Lunatic asylums Punjab 1895-1910 - 1895-1910
Year: 1895
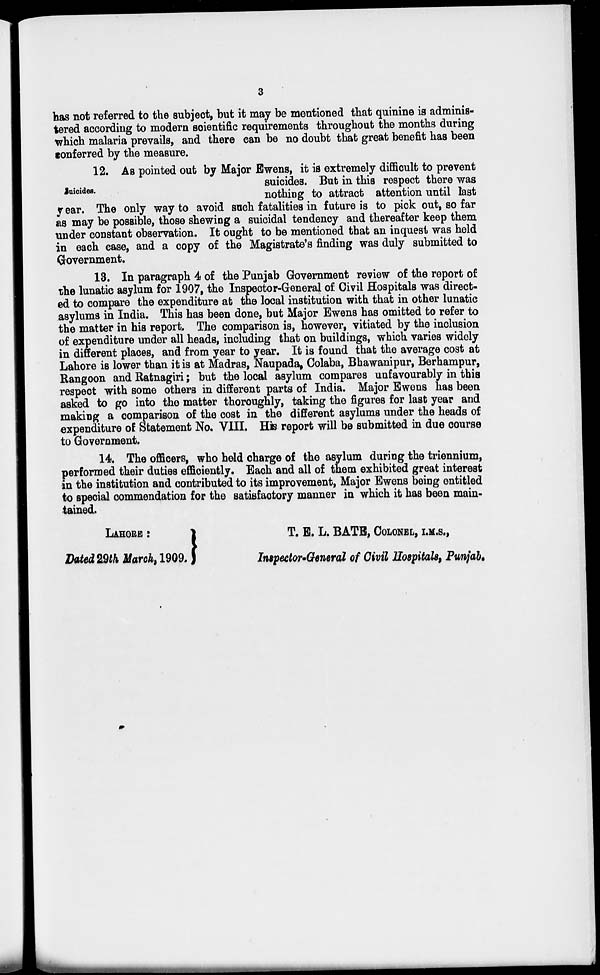
3
has not referred to the subject, but it may be mentioned that quinine is adminis-
tered according to modern scientific requirements throughout the months during
which malaria prevails, and there can be no doubt that great benefit has been
conferred by the measure.
Suicides.
12. As pointed out by Major Ewens, it is extremely difficult to prevent
suicides. But in this respect there was
nothing to attract attention until last
year. The only way to avoid such fatalities in future is to pick out, so far
as may be possible, those shewing a suicidal tendency and thereafter keep them
under constant observation. It ought to be mentioned that an inquest was held
in each case, and a copy of the Magistrate's finding was duly submitted to
Government,
13. In paragraph 4 of the Punjab Government review of the report of
the lunatic asylum for 1907, the Inspector-General of Civil Hospitals was direct-
ed to compare the expenditure at the local institution with that in other lunatic
asylums in India. This has been done, but Major Ewens has omitted to refer to
the matter in his report. The comparison is, however, vitiated by the inclusion
of expenditure under all heads, including that on buildings, which varies widely
in different places, and from year to year. It is found that the average cost at
Lahore is lower than it is at Madras, Naupada, Colaba, Bhawanipur, Berhampur,
Rangoon and Ratnagiri ; but the local asylum compares unfavourably in this
respect with some others in different parts of India. Major Ewens has been
asked to go into the matter thoroughly, taking the figures for last year and
making a comparison of the cost in the different asylums under the heads of
expenditure of Statement No. VIII. His report will be submitted in due course
to Government.
14. The officers, who held charge of the asylum during the triennium,
performed their duties efficiently. Each and all of them exhibited great interest
in the institution and contributed to its improvement, Major Ewens being entitled
to special commendation for the satisfactory manner in which it has been main-
tained.
LAHORE :
T. E. L. BATE, COLONEL, I.M.S.,
Dated 29th March, 1909.
Inspector-General of Civil Hospitals, Punjab.